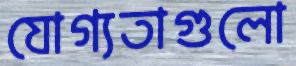
যোগ্যতাগুলো